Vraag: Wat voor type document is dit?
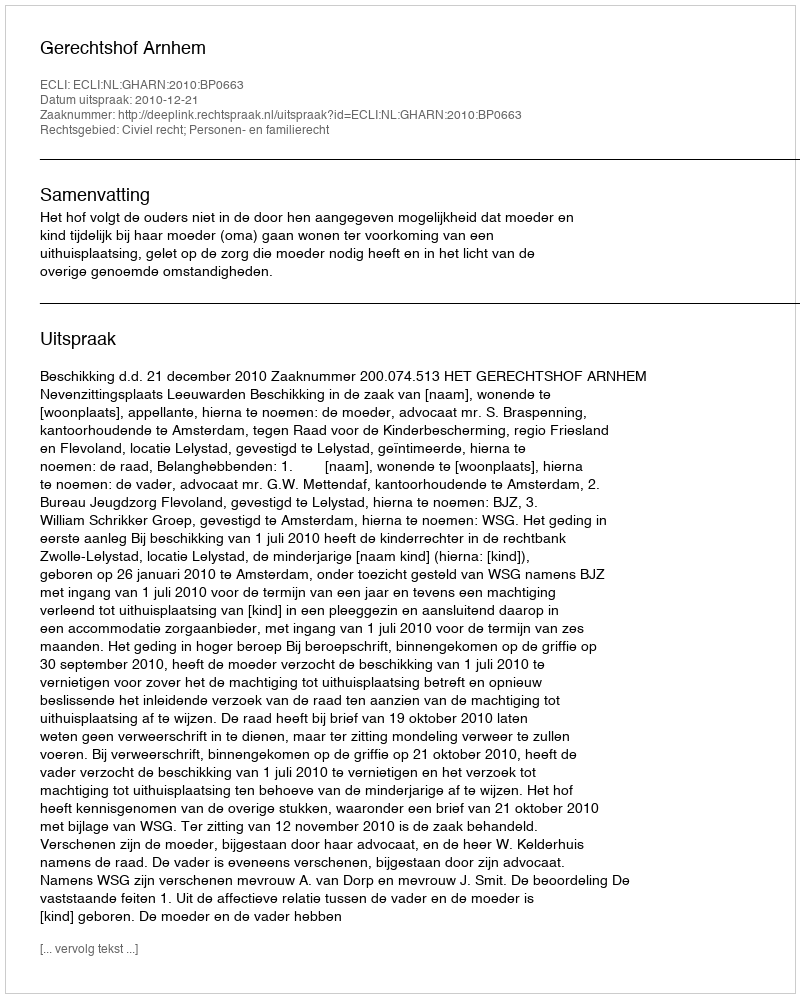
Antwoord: Uitspraak